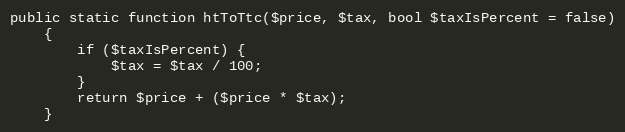
Language: PHP
public static function htToTtc($price, $tax, bool $taxIsPercent = false)
    {
        if ($taxIsPercent) {
            $tax = $tax / 100;
        }
        return $price + ($price * $tax);
    }